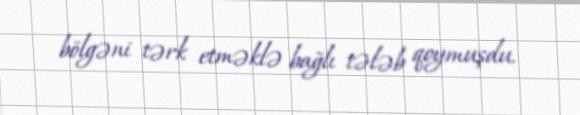
bölgəni tərk etməklə bağlı tələb qoymuşdu.